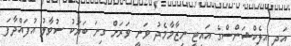
އަދި އިލެކްޝަންސްގެ އައިޓީ ނިޒާމާމެދު ވަނީ ވަރަށް ގިނަ ބަޔަކު ސުވާލު އުފައްދާފަ